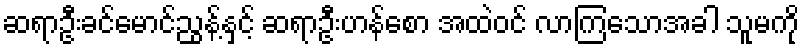
ဆရာဦးခင်မောင်ညွန့်နှင့် ဆရာဦးဟန်စော အထဲဝင် လာကြသောအခါ သူမကို